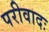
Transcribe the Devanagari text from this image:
परीवादः